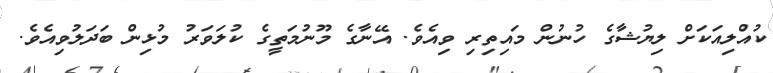
ކުއްލިއަކަށް ލިޔުޝާގެ ހުނުން މައިތިރި ވިއެވެ. އޭނާގެ މޫނުމަތީގެ ކުލަވަރު މުޅިން ބަދަލުވިއެވެ.